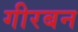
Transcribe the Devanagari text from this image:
गीरबन